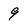
Character: 9